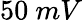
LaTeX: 50\ mV